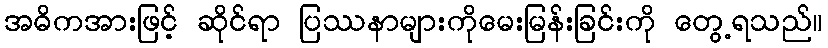
အဓိကအားဖြင့် ဆိုင်ရာ ပြဿနာများကိုမေးမြန်းခြင်းကို တွေ့ရသည်။